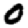
Digit: 0